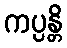
ကပ္ပန္တိ